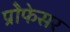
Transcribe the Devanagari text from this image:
प्रोेफेसर